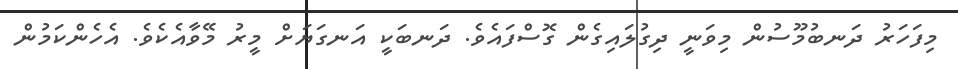
މިފަހަރު ދަނބުމޫސުން މިވަނީ ދިގުލައިގެން ގޮސްފައެވެ. ދަނބަކީ އަނގަޔަށް މީރު މޭވާއެކެވެ. އެހެންކަމުން